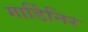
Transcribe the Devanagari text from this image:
गार्डिनिर